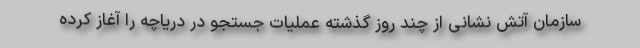
سازمان آتش نشانی از چند روز گذشته عملیات جستجو در دریاچه را آغاز کرده